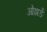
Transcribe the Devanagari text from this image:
ओझर्ङे